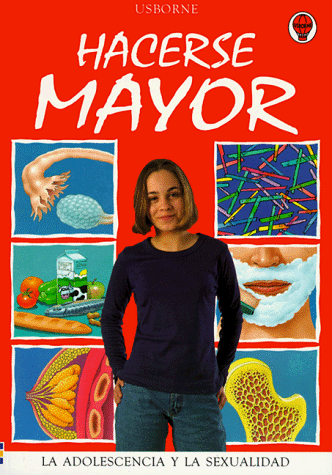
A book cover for Hacerse Mayor: La Adolescencia y la Sexualidad (Facts of Life Series) (Spanish Edition); Teen & Young Adult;